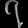
Digit: ၇